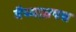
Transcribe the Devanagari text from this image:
वैय्याघ्रपद्य